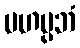
မဟပ္ပဘံ